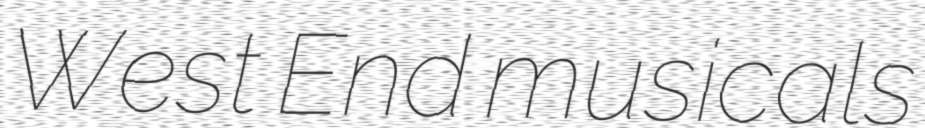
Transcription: West End musicals